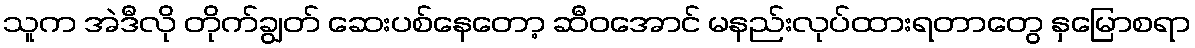
သူက အဲဒီလို တိုက်ချွတ် ဆေးပစ်နေတော့ ဆီဝအောင် မနည်းလုပ်ထားရတာတွေ နှမြောစရာ